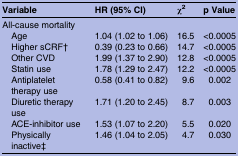
<table><thead><tr><td><b>Variable</b></td><td><b>HR (95% CI)</b></td><td><b>χ<sup>2</sup></b></td><td><b>p Value</b></td></tr></thead><tbody><tr><td colspan="4">All-cause mortality</td></tr><tr><td> Age</td><td>1.04 (1.02 to 1.06)</td><td>16.5</td><td>&lt;0.0005</td></tr><tr><td> Higher sCRF†</td><td>0.39 (0.23 to 0.66)</td><td>14.7</td><td>&lt;0.0005</td></tr><tr><td> Other CVD</td><td>1.99 (1.37 to 2.90)</td><td>12.8</td><td>&lt;0.0005</td></tr><tr><td> Statin use</td><td>1.78 (1.29 to 2.47)</td><td>12.2</td><td>&lt;0.0005</td></tr><tr><td> Antiplatelet therapy use</td><td>0.58 (0.41 to 0.82)</td><td>9.6</td><td>0.002</td></tr><tr><td> Diuretic therapy use</td><td>1.71 (1.20 to 2.45)</td><td>8.7</td><td>0.003</td></tr><tr><td> ACE-inhibitor use</td><td>1.53 (1.07 to 2.20)</td><td>5.5</td><td>0.020</td></tr><tr><td> Physically inactive‡</td><td>1.46 (1.04 to 2.05)</td><td>4.7</td><td>0.030</td></tr></tbody></table>